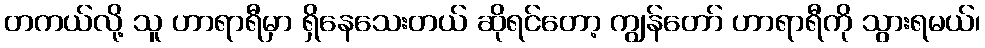
တကယ်လို့ သူ ဟာရာရီမှာ ရှိနေသေးတယ် ဆိုရင်တော့ ကျွန်တော် ဟာရာရီကို သွားရမယ်၊